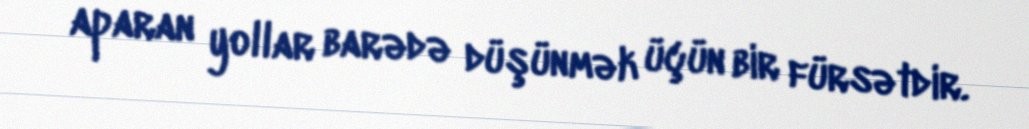
aparan yollar barədə düşünmək üçün bir fürsətdir.